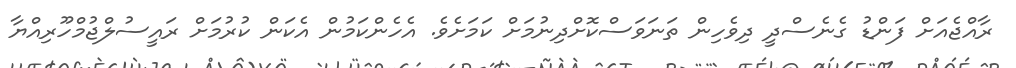
ރާއްޖެއަށް ފަންޑު ގެނެސްދީ ދިވެހިން ތަނަވަސްކޮށްދިނުމަށް ކަމަށެވެ. އެހެންކަމުން އެކަން ކުރުމަށް ރައީސުލްޖުމްހޫރިއްޔާ